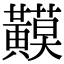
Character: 𪏟